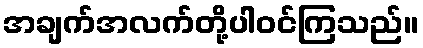
အချက်အလက်တို့ပါဝင်ကြသည်။